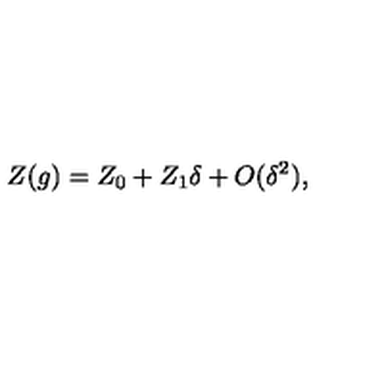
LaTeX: Z ( g ) = Z _ { 0 } + Z _ { 1 } \delta + O ( \delta ^ { 2 } ) ,